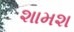
શામશ